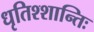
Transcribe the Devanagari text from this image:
धृतिश्शान्तिः